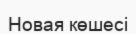
Новая көшесі